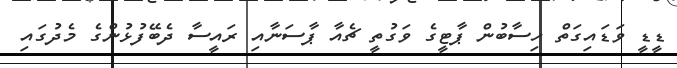
ޑީޑީ ވަޑައިގަތް ހިސާބުން ޕާޓީގެ ވަގުތީ ޗެއާ ޕާސަނާއި ރައީސާ ދެބޭފުޅުންގެ މެދުގައި